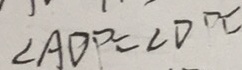
\angle A D P = \angle D P C